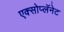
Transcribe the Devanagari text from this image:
एक्सोप्लॅनेट